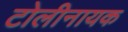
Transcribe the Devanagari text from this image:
टोलीनायक